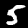
Label: 5